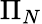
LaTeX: \Pi_{N}